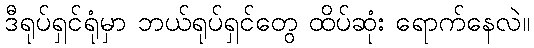
ဒီရုပ်ရှင်ရုံမှာ ဘယ်ရုပ်ရှင်တွေ ထိပ်ဆုံး ရောက်နေလဲ။